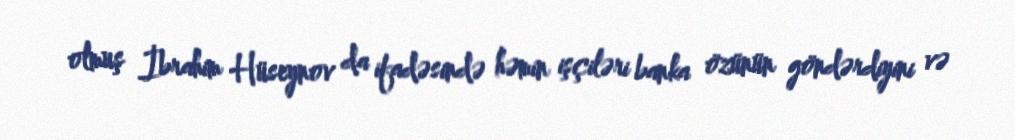
olmuş İbrahim Hüseynov da ifadəsində həmin işçiləri banka özünün göndərdiyini və